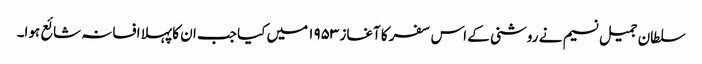
سلطان جمیل نسیم نے روشنی کے اس سفر کا آغاز ۱۹۵۳ میں کیا جب ان کا پہلا افسانہ شائع ہوا۔